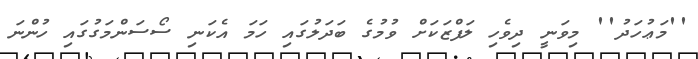
''މަޢުހަދު'' މިވަނީ ދިވެހި ލަފްޒަކަށް ވުމުގެ ބަދަލުގައި ހަމަ އެކަނި ސޯސަންމަގުގައި ހުންނަ